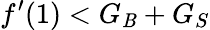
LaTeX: f^{\prime}(1)<G_{\mathit{B}}+G_{S}